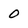
Character: 0